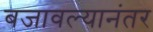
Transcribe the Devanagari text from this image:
बजावल्यानंतर